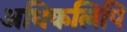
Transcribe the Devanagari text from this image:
अधिकलिपि